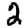
Digit: 2